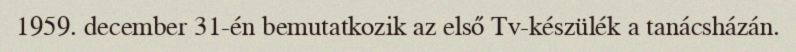
1959. december 31-én bemutatkozik az első Tv-készülék a tanácsházán.